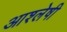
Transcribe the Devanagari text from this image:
आश्लेषी